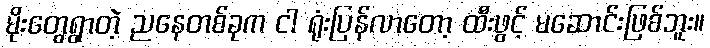
မိုးတွေရွာတဲ့ ညနေတစ်ခုက ငါ ရုံးပြန်လာတော့ ထီးဖွင့် မဆောင်းဖြစ်ဘူး။